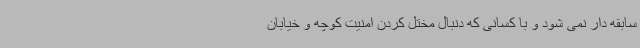
سابقه دار نمی شود و با کسانی که دنبال مختل کردن امنیت کوچه و خیابان